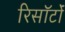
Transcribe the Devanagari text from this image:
रिसॉर्टों